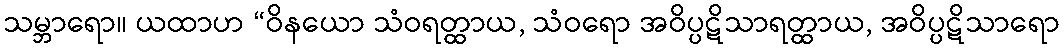
သမ္ဘာရော။ ယထာဟ “ဝိနယော သံဝရတ္ထာယ, သံဝရော အဝိပ္ပဋိသာရတ္ထာယ, အဝိပ္ပဋိသာရော